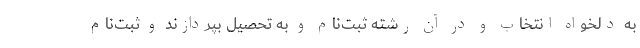
به دلخواه انتخاب و در آن رشته ثبت‌نام و به تحصیل بپردازند و ثبت‌نام